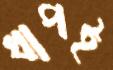
ধাপই